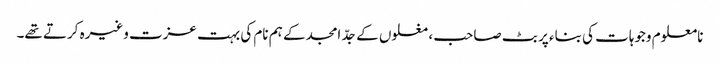
نامعلوم وجوہات کی بناء پر بٹ صاحب ، مغلوں کے جدّ امجد کے ہم نام کی بہت عزت وغیرہ کرتے تھے۔